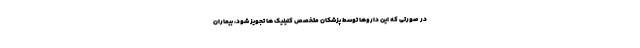
در صورتی که این داروها توسط پزشکان متخصص کلینیک ها تجویز شود، بیماران